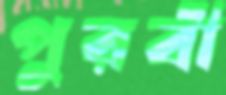
পুরবী